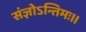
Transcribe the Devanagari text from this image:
संज्ञोऽन्तिमः॥